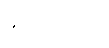
နိုင်ငံရပ်ခြား